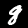
Digit: 8